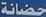
حضانة